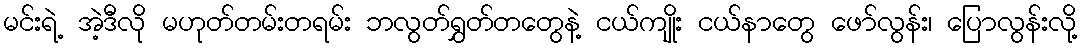
မင်းရဲ့ အဲ့ဒီလို မဟုတ်တမ်းတရမ်း ဘလွတ်ရွှတ်တတွေနဲ့ ငယ်ကျိုး ငယ်နာတွေ ဖော်လွန်း၊ ပြောလွန်းလို့